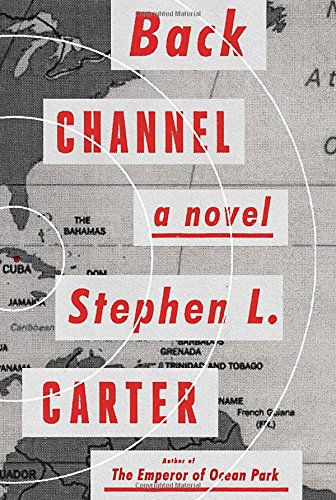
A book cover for Back Channel: A novel; Stephen L. Carter; Mystery, Thriller & Suspense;